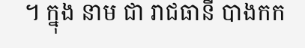
។ ក្នុង នាម ជា រាជធានី បាងកក